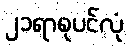
၂၁ရာစုပင်လုံ